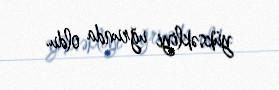
yüksəkliyi uğrunda oldu.